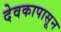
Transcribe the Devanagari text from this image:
देवकापासून